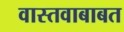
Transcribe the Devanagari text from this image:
वास्तवाबाबत